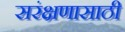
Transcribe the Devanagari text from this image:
सरंक्षणासाठी